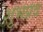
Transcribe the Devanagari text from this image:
शुभप्रद